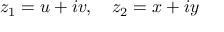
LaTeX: z _ { 1 } = u + i v , \quad z _ { 2 } = x + i y